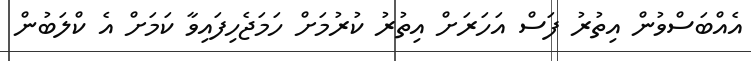
އެއްބަސްވުން އިތުރު ފަސް އަހަރަށް އިތުރު ކުރުމަށް ހަމަޖެހިފައިވާ ކަަމަށް އެ ކްލަބުން